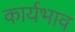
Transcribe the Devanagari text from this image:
कार्यभाव